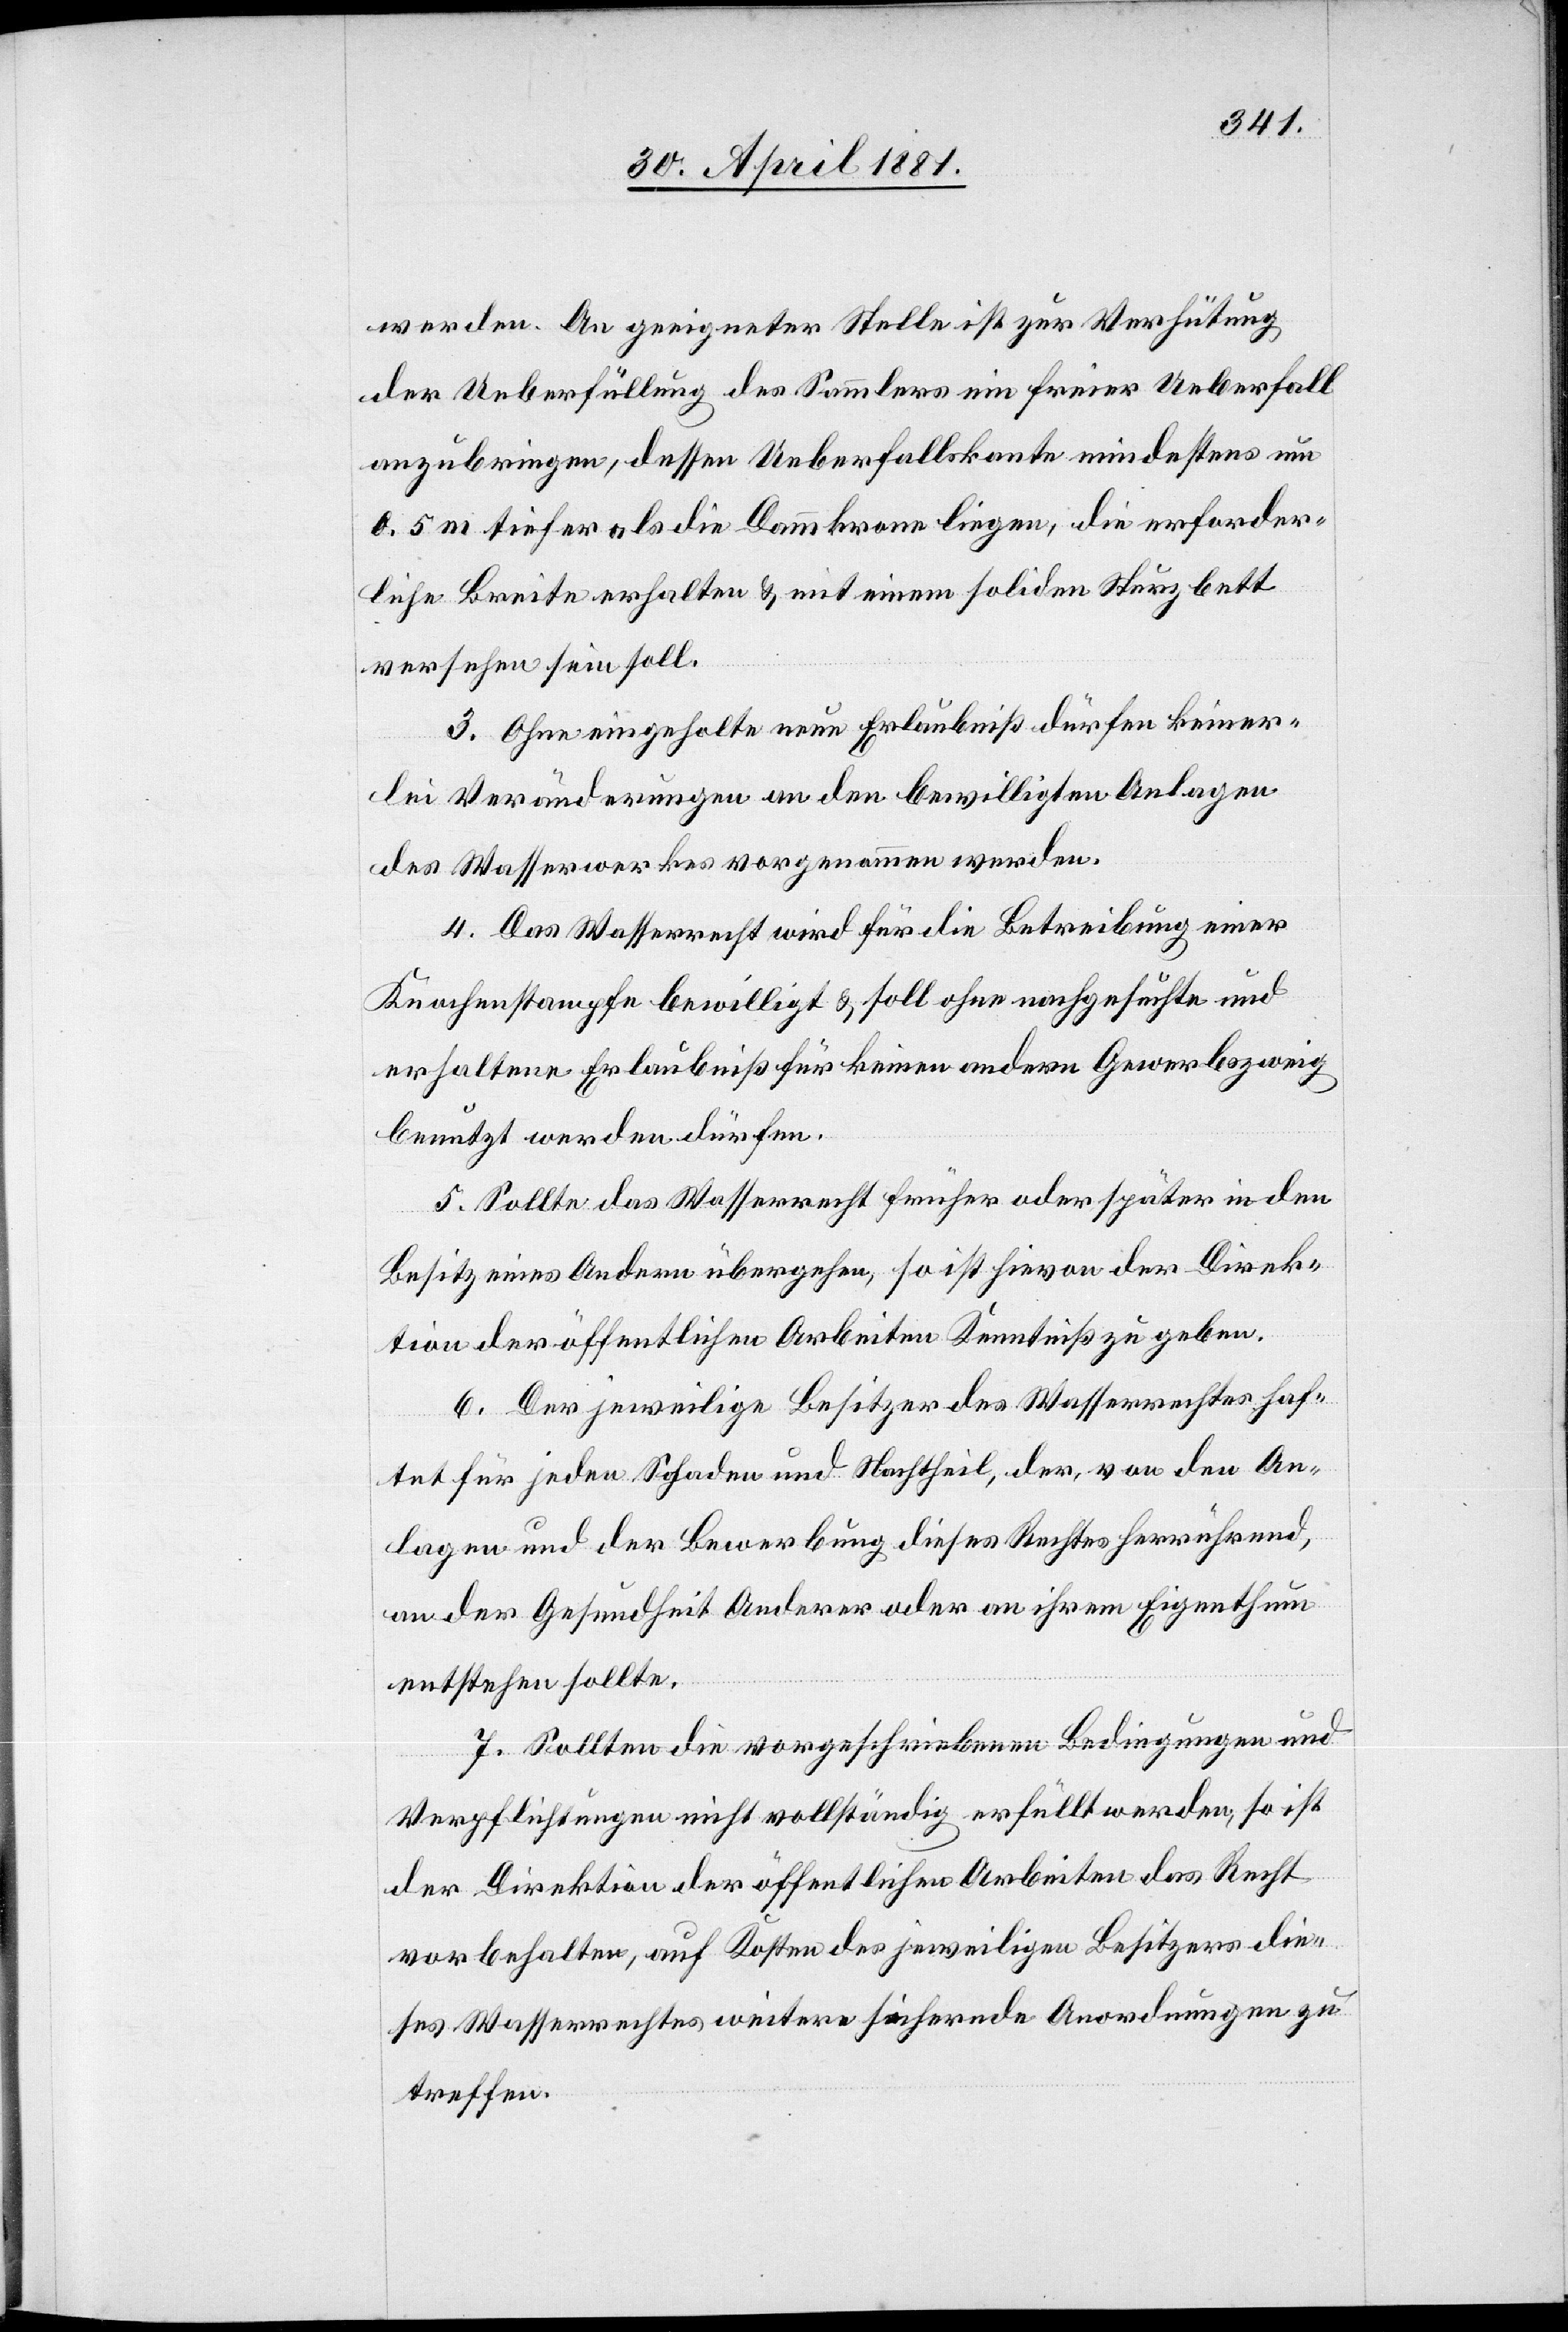
werden. An geeigneter Stelle ist zur Verhütung
der Ueberfüllung des Sammlers ein freier Ueberfall
anzubringen, dessen Ueberfallkante mindestens um
0.5 m tiefer als die Dammkrone liege, die erforder¬
liche Breite erhalten & mit einem soliden Sturzbett
versehen sein soll.
3. Ohne eingeholte neue Erlaubniß dürfen keiner¬
lei Veränderungen an den bewilligten Anlagen
des Wasserwerkes vorgenommen werden.
4. Das Wasserrecht wird für die Betreibung einer
Knochenstampfe bewilligt & soll ohne nachgeführte und
erhaltene Erlaubniß für keinen andern Gewerbezweig
benutzt werden dürfen.
5. Sollte das Wasserrecht früher oder später in den
Besitz eines Andern übergehen, so ist Hievon der Direk¬
tion der öffentlichen Arbeiten Kenntniß zu geben.
6. Der jeweilige Besitzer des Wasserrechtes haf¬
tet für jeden Schaden und Nachtheil, der, von den An¬
lagen und der Bewerbung dieses Rechtes herrührend,
an der Gesundheit Anderer oder an ihrem Eigenthum
entstehen sollte.
7. Sollten die vorgeschriebenen Bedingungen und
Verpflichtungen nicht vollständig erfüllt werden, so ist
der Direktion der öffentlichen Arbeiten das Recht
vorbehalten, auf Kosten des jeweiligen Besitzers die¬
ses Wasserrechtes weitere sichernde Anordnungen zu
treffen.